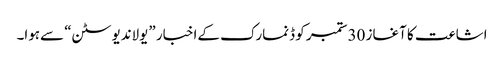
اشاعت کا آغاز 30ستمبر کو ڈنمارک کےاخبار ”یولاندیوسٹن“ سےہوا۔